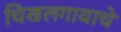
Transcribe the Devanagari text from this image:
चिखलगावाचे